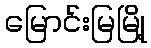
မြောင်းမြမြို့